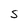
Character: s